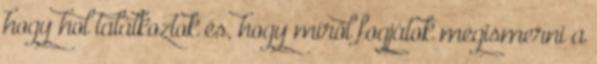
hogy hol találkoztok és, hogy miről fogjátok megismerni a